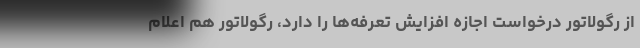
از رگولاتور درخواست اجازه افزایش تعرفه‌ها را دارد، رگولاتور هم اعلام